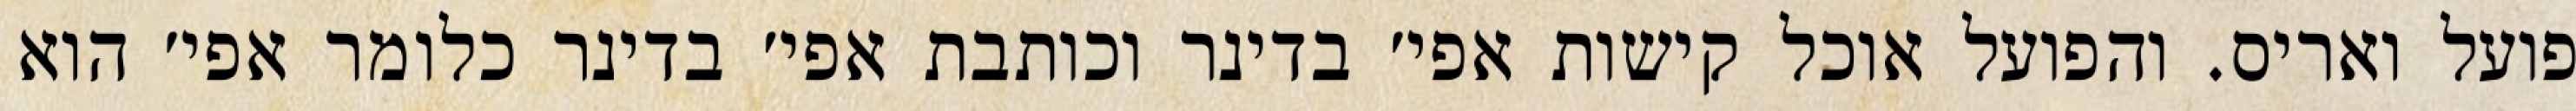
פועל ואריס. והפועל אוכל קישות אפי׳ בדינר וכותבת אפי׳ בדינר כלומר אפי׳ הוא